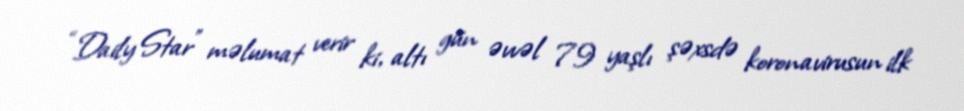
“Daily Star” məlumat verir ki, altı gün əvvəl 79 yaşlı şəxsdə koronavirusun ilk